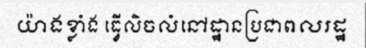
យ៉ាងខ្លាំង ធ្វើលិចលំនៅដ្ឋានប្រជាពលរដ្ឋ